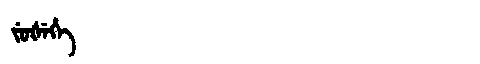
Manchu: ᠵᡠᡧᡝᡥᡝ
Romanization: JUŠEHE